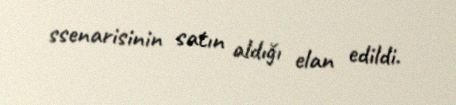
ssenarisinin satın aldığı elan edildi.